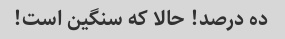
ده درصد! حالا که سنگین است!